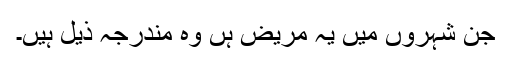
جن شہروں میں یہ مریض ہں وہ مندرجہ ذیل ہیں۔